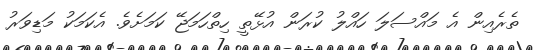
ތެރެއިން އެ މައްސަލަ ހައްލު ކުރަން އުޅޭތީ ހިތްހަމަޖޭ ކަމަށެވެ. އެކަމަކު މަޑިވަރު